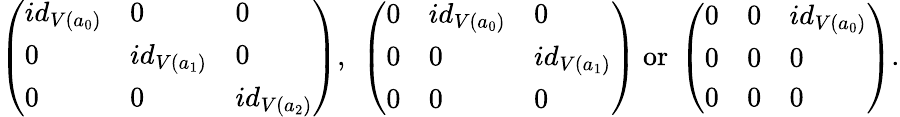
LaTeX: \left(\begin{array}{lll}{id_{V(a_{0})}}&{0}&{0}\\ {0}&{id_{V(a_{1})}}&{0}\\ {0}&{0}&{id_{V(a_{2})}}\end{array}\right)\mathrm{,~}\left(\begin{array}{lll}{0}&{id_{V(a_{0})}}&{0}\\ {0}&{0}&{id_{V(a_{1})}}\\ {0}&{0}&{0}\end{array}\right)\mathrm{~or~}\left(\begin{array}{lll}{0}&{0}&{id_{V(a_{0})}}\\ {0}&{0}&{0}\\ {0}&{0}&{0}\end{array}\right).